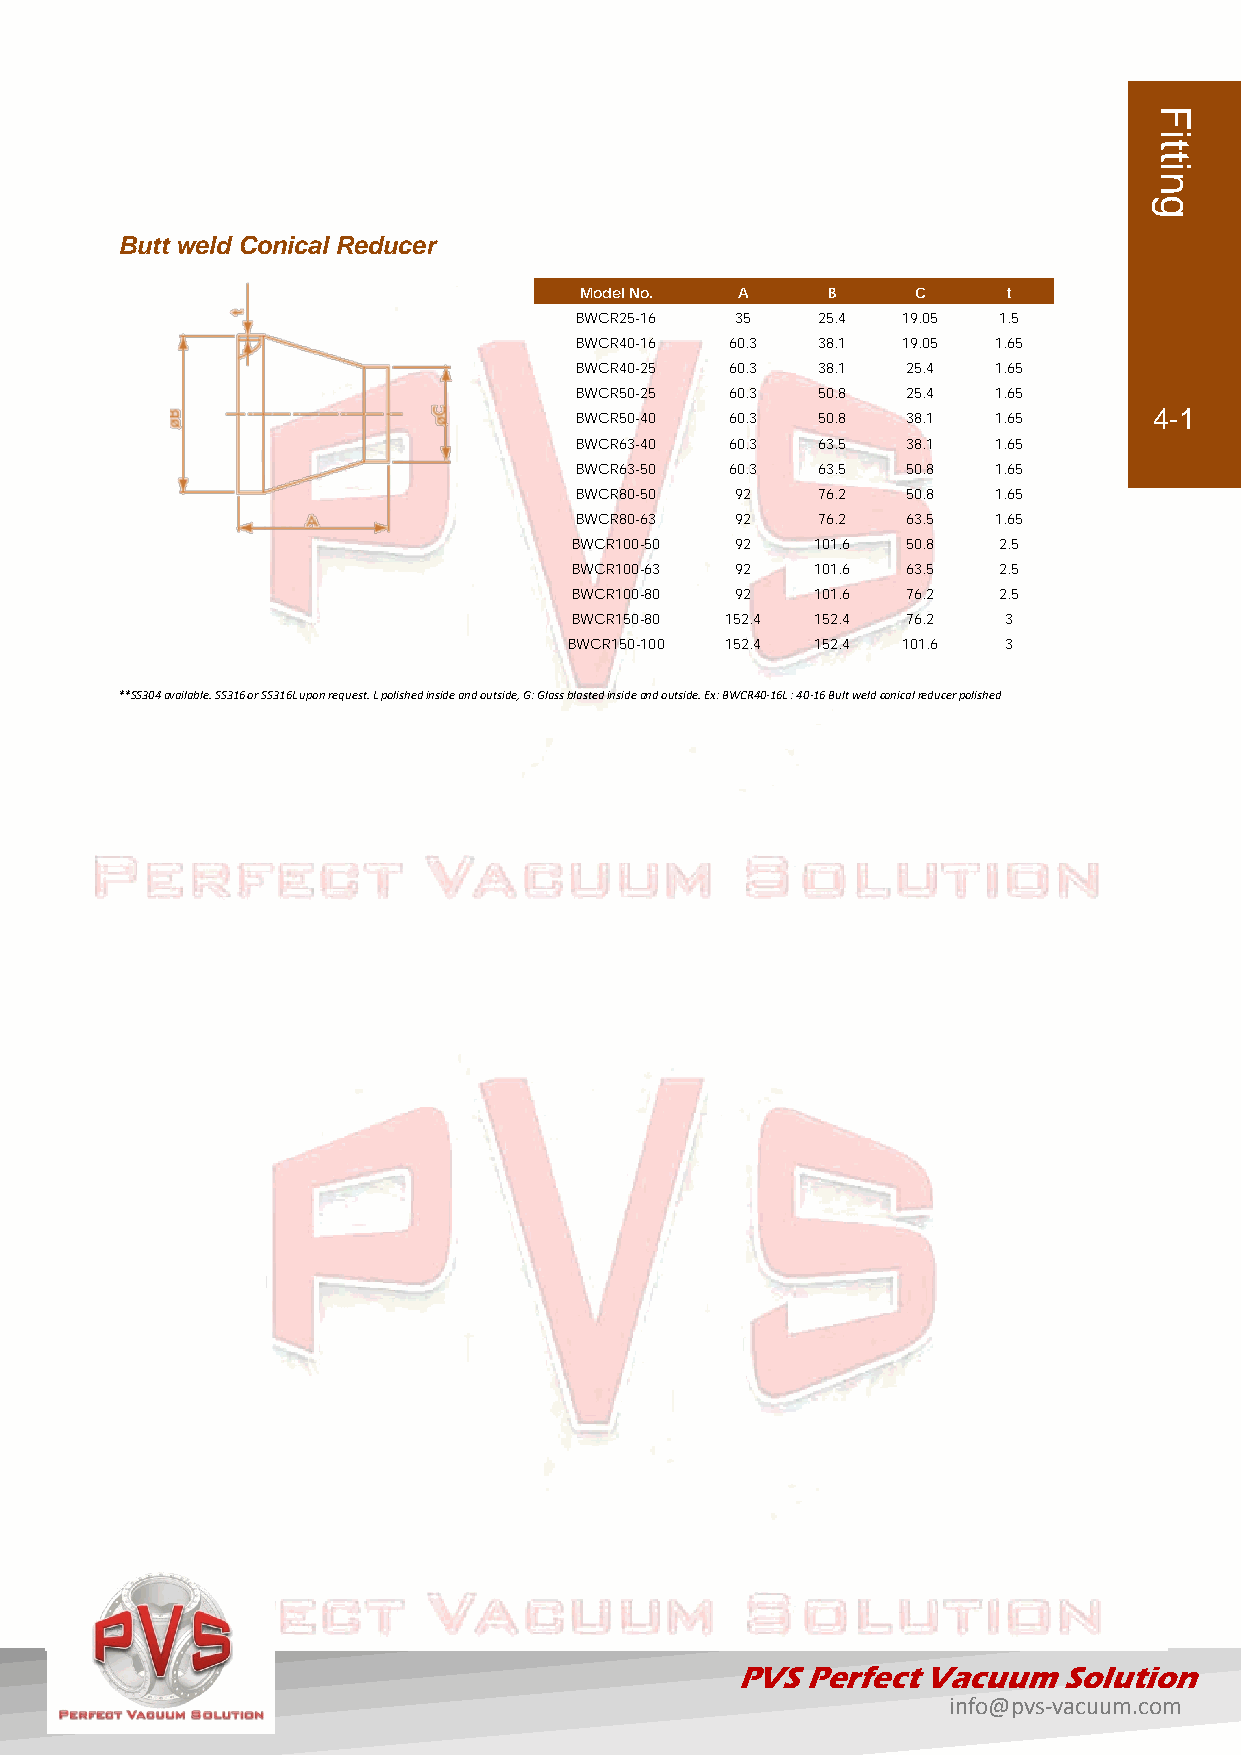
Butt weld Conical Reducer
 Model No.  A     B     C     t
 BWCR25-16  35   25.4  19.05 1.5
 BWCR40-16 60.3  38.1  19.05 1.65
 BWCR40-25 60.3  38.1  25.4  1.65
 BWCR50-25 60.3  50.8  25.4  1.65
 BWCR50-40 60.3  50.8  38.1  1.65      4-1
 BWCR63-40 60.3  63.5  38.1  1.65
 BWCR63-50 60.3  63.5  50.8  1.65
 BWCR80-50  92   76.2  50.8  1.65
 BWCR80-63  92   76.2  63.5  1.65
 BWCR100-50 92   101.6 50.8  2.5
 BWCR100-63 92   101.6 63.5  2.5
 BWCR100-80 92   101.6 76.2  2.5
 BWCR150-80 152.4 152.4 76.2  3
 BWCR150-100 152.4 152.4 101.6 3
 **SS304 available. SS316 or SS316L upon request. L polished inside and outside, G: Glass blasted inside and outside. Ex: BWCR40-16L : 40-16 Bult weld conical reducer polished
 PVS Perfect Vacuum   Solution
 info@pvs-vacuum.com
 Fitting